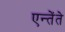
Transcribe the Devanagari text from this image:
एन्तेंते